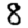
Digit: 8